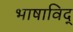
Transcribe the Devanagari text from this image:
भाषाविद्‍